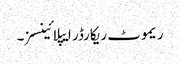
ریموٹ ریکارڈر ایپلائینسز۔